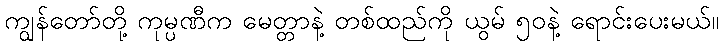
ကျွန်တော်တို့ ကုမ္ပဏီက မေတ္တာနဲ့ တစ်ထည်ကို ယွမ် ၅၀နဲ့ ရောင်းပေးမယ်။